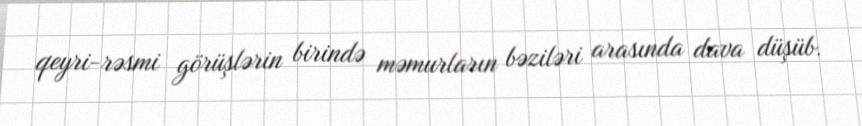
qeyri-rəsmi görüşlərin birində məmurların bəziləri arasında dava düşüb.